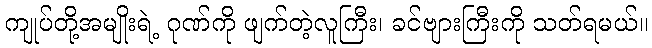
ကျုပ်တို့အမျိုးရဲ့ ဂုဏ်ကို ဖျက်တဲ့လူကြီး၊ ခင်ဗျားကြီးကို သတ်ရမယ်။